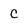
Character: C